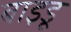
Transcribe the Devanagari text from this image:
बाइडू